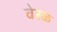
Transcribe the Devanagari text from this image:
वेरळ